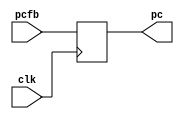
module PC(input clk,input [4:0]pcfb,output [4:0]pc);
reg[4:0] pc;

always @(posedge clk)
pc=pcfb;

endmodule